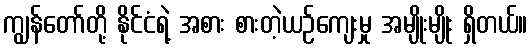
ကျွန်တော်တို့ နိုင်ငံရဲ့ အစား စားတဲ့ယဉ်ကျေးမှု အမျိုးမျိုး ရှိတယ်။